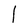
Character: l